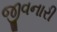
જીવનારી